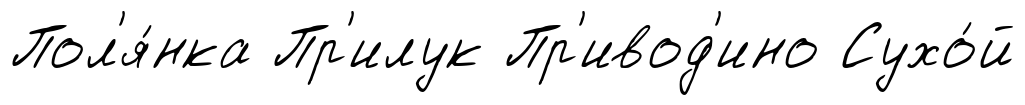
Пол'я́нка Пр'илук Пр'ивод'ино Сухо́й